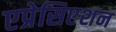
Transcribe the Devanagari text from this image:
एप्रेसिएशन